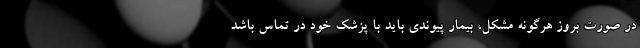
در صورت بروز هرگونه مشکل، بیمار پیوندی باید با پزشک خود در تماس باشد